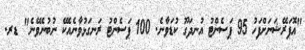
"އޮޕަރޭޝަނަށްފަހު 95 ޕަސެންޓު އުނދަގޫ ކުޑަވާނެ. 100 ޕަސެންޓު ރަނގަޅުވާނެއެކޭ ނުބުނެވޭނެ" ޑރ.